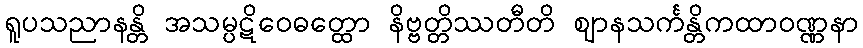
ရူပသညာနန္တိ အသမ္ပဋိဝေဓတ္ထော နိဗ္ဗတ္တိဿတီတိ ဈာနသင်္ကန္တိကထာဝဏ္ဏနာ